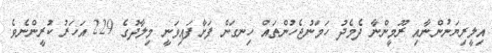
އިލީރިޔަނުންނާއި ރޫމީންނާ ދެމެދު ހަމަނުޖެހުންތައް ހިނގަން ފަށާފައިވަނީ މިލާދުގެ 229 އަހަރު ކުރީންނެވެ.